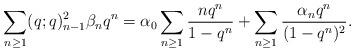
LaTeX: \begin{align*}\sum_{n\ge1}(q;q)_{n-1}^2\beta_nq^n=\alpha_0\sum_{n\ge1}\frac{nq^n}{1-q^n}+\sum_{n\ge1}\frac{\alpha_nq^n}{(1-q^n)^2}.\end{align*}